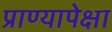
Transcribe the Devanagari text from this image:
प्राण्यापेक्षा